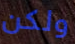
ولكن